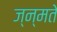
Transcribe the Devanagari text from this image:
ज्न्मते